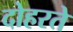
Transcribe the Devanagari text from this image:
दोहरते